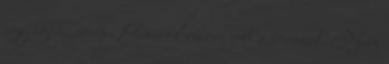
egy igazi creep. Részről részre jobb a sorozat. Nem